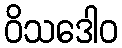
ဝိသဒေါဝ